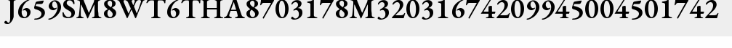
J659SM8WT6THA8703178M32031674209945004501742